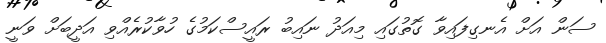
ސަން އަށް އެނގިފައިވާ ގޮތުގައި މިއަދު ނައިބު ރައީސްކަމުގެ ހުވާކުރެއްވި އަދީބަށް ވަނީ